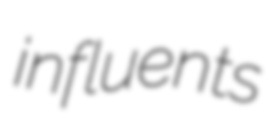
influents